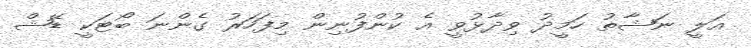
އަލީ ނަޝާތު ހަމީދު ވިދާޅުވީ އެ ކުންފުނިން މިފަހަރު ގެންނަ ބޯޓަކީ ޑޭޝް